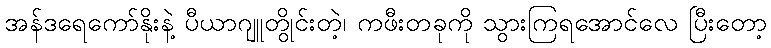
အန်ဒရေကော်နိုးနဲ့ ပီယာဂျူတွိုင်းတဲ့၊ ကဖီးတခုကို သွားကြရအောင်လေ ပြီးတော့